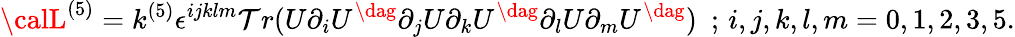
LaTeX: {\calL}^{(5)}=k^{(5)}\epsilon^{ijklm}\mathcal{T}r(U\partial_{i}U^{\dag}\partial_{j}U\partial_{k}U^{\dag}\partial_{l}U\partial_{m}U^{\dag})\, \, \, ;\, i,j,k,l,m=0,1,2,3,5.